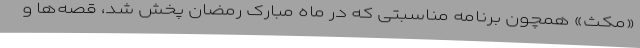
«مکث» همچون برنامه مناسبتی که در ماه مبارک رمضان پخش شد، قصه‌ها و